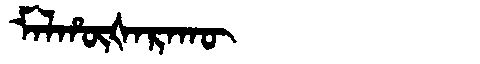
Manchu: ᠮᠠᠯᡥᡡᡧᠠᡵᠠᡴᡡ
Romanization: MALHŪŠARAKŪ